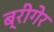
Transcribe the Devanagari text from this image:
ब्रीगेर